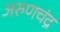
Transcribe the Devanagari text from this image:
अरुणचंद्र